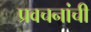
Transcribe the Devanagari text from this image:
प्रवचनांची